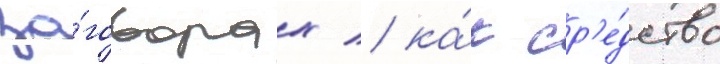
за́говорах / ка́к ср'е́дство